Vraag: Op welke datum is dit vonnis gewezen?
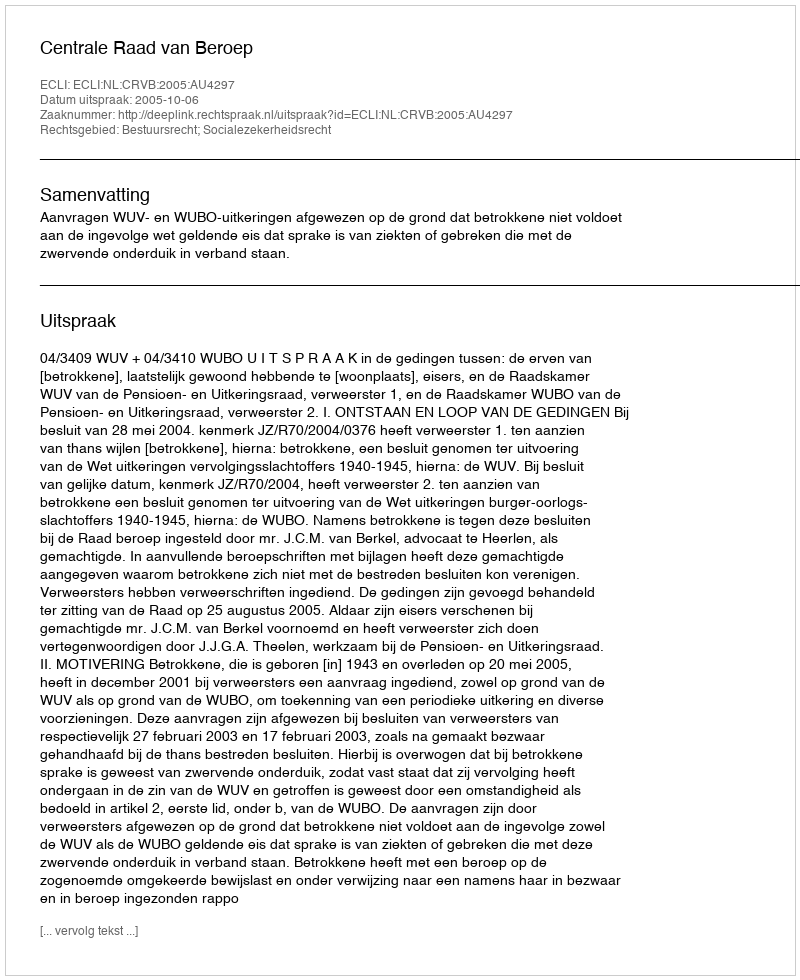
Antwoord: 2005-10-06